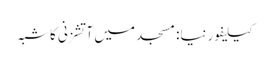
کیلیفورنیا: مسجد میں آتشزنی کا شبہ